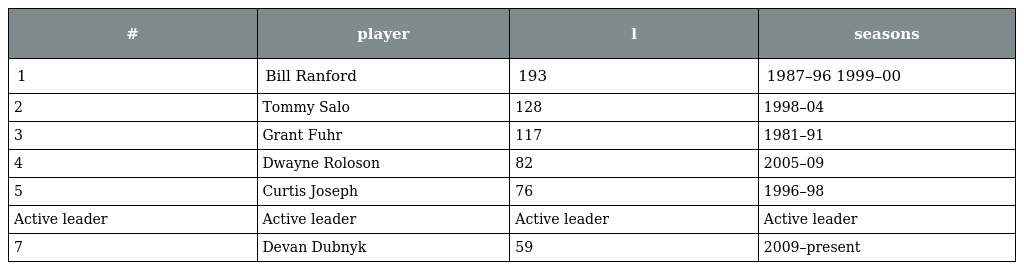
| # | player | l | seasons |
 | --- | --- | --- | --- |
 | 1 | Bill Ranford | 193 | 1987–96 1999–00 |
 | 2 | Tommy Salo | 128 | 1998–04 |
 | 3 | Grant Fuhr | 117 | 1981–91 |
 | 4 | Dwayne Roloson | 82 | 2005–09 |
 | 5 | Curtis Joseph | 76 | 1996–98 |
 | Active leader | Active leader | Active leader | Active leader |
 | 7 | Devan Dubnyk | 59 | 2009–present |